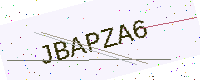
Text: JBAPZA6